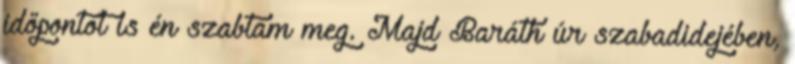
időpontot is én szabtam meg. Majd Baráth úr szabadidejében,